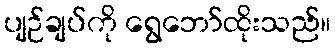
ပျဉ်ချပ်ကို ရွေဘော်ထိုးသည်။